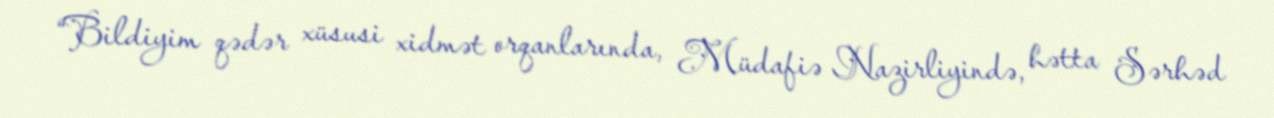
“Bildiyim qədər xüsusi xidmət orqanlarında, Müdafiə Nazirliyində, hətta Sərhəd